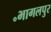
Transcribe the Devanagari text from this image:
॰भागलपुर